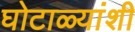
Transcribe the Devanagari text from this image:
घोटाळ्यांशी